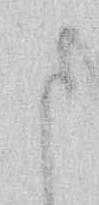
ま